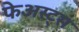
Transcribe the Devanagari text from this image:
फेअस्ट्स